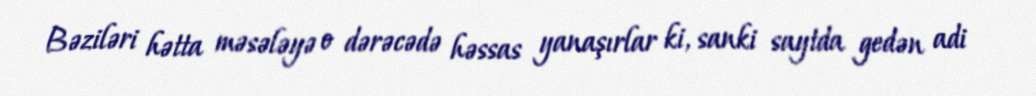
Bəziləri hətta məsələyə o dərəcədə həssas yanaşırlar ki, sanki saytda gedən adi